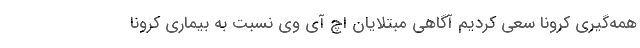
همه‌گیری کرونا سعی کردیم آگاهی مبتلایان اچ آی وی نسبت به بیماری کرونا